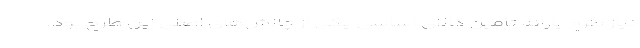
نیاز طرح یارانه تأمین کالای اساسی یکی از چالش‌های اصلی این طرح بود.